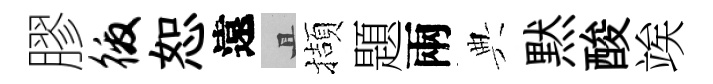
膠徼恕遠且擷題兩典黙酸竢